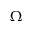
\Omega